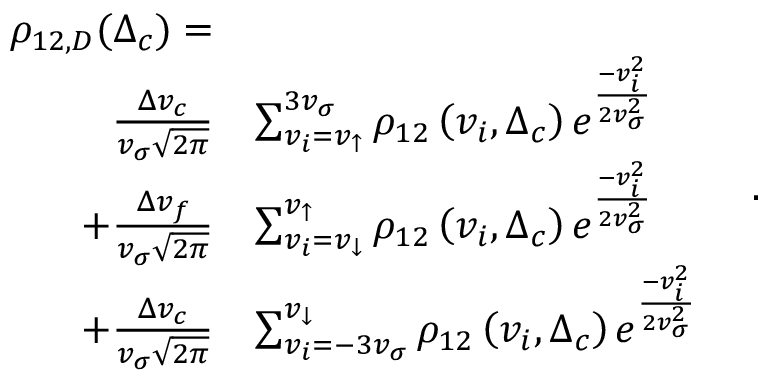
\begin{array} { r l } { \rho _ { 1 2 , D } ( \Delta _ { c } ) = } & { } \\ { ~ \frac { \Delta v _ { c } } { v _ { \sigma } \sqrt { 2 \pi } } } & { \sum _ { v _ { i } = v _ { \uparrow } } ^ { 3 v _ { \sigma } } \rho _ { 1 2 } \left( v _ { i } , \Delta _ { c } \right) e ^ { \frac { - v _ { i } ^ { 2 } } { 2 v _ { \sigma } ^ { 2 } } } } \\ { + \frac { \Delta v _ { f } } { v _ { \sigma } \sqrt { 2 \pi } } } & { \sum _ { v _ { i } = v _ { \downarrow } } ^ { v _ { \uparrow } } \rho _ { 1 2 } \left( v _ { i } , \Delta _ { c } \right) e ^ { \frac { - v _ { i } ^ { 2 } } { 2 v _ { \sigma } ^ { 2 } } } } \\ { + \frac { \Delta v _ { c } } { v _ { \sigma } \sqrt { 2 \pi } } } & { \sum _ { v _ { i } = - 3 v _ { \sigma } } ^ { v _ { \downarrow } } \rho _ { 1 2 } \left( v _ { i } , \Delta _ { c } \right) e ^ { \frac { - v _ { i } ^ { 2 } } { 2 v _ { \sigma } ^ { 2 } } } } \end{array} \, \, \, \, \, .